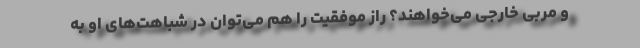
و مربی خارجی می‌خواهند؟ راز موفقیت را هم می‌توان در شباهت‌های او به